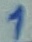
Text: 1